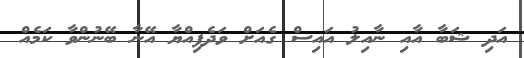
އަދި ޝަބާ އާއި ނާއިލު އައިސް ގެއަށް ވަދެފިއްޔާ އޭނާ ބޭނުންވާ ކަމެއް